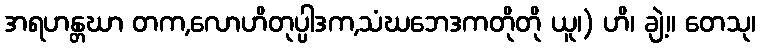
အရဟန္တဃာ တက,လောဟိတုပ္ပါဒက,သံဃဘေဒကတိုတို ယူ၊) ဟိ၊ ချဲ့။ တေသု၊